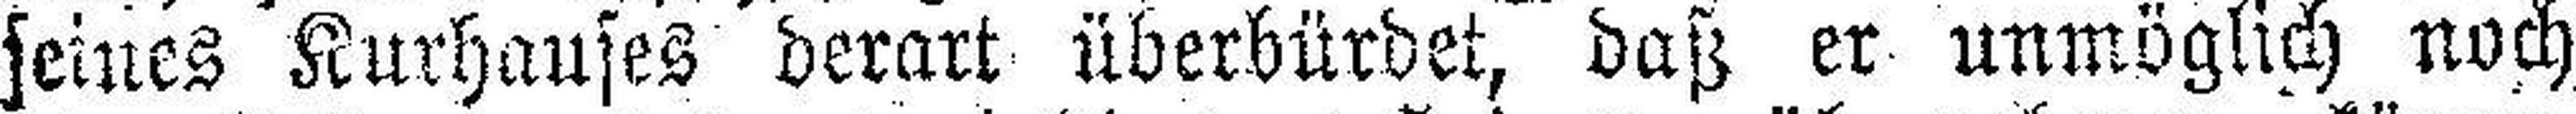
seines Kurhauses derart überbürdet, daß er unmöglich noch